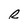
Character: R